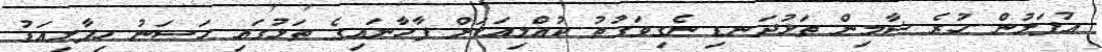
އުފަލުން ހުރެ ޝާމިން ތަޅުދަނޑި ނެގިވަގުތު ކުއްލިއަކަށް ފާހާނައިގެ ތަޅުގައި ހަސަނު ހިފާލިއަޑު